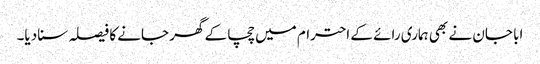
ابا جان نے بھی ہماری رائے کے احترام میں چچا کے گھر جانے کا فیصلہ سنا دیا۔